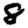
Digit: 8